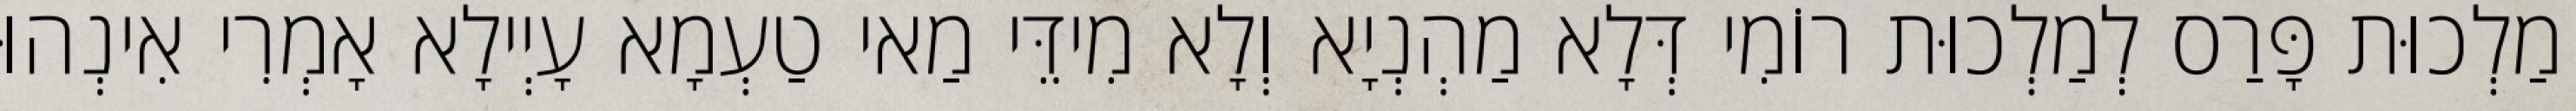
מַלְכוּת פָּרַס לְמַלְכוּת רוֹמִי דְּלָא מַהְנְיָא וְלָא מִידֵּי מַאי טַעְמָא עָיְילָא אָמְרִי אִינְהוּ